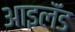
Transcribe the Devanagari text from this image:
आइलॅंड